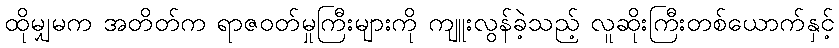
ထိုမျှမက အတိတ်က ရာဇဝတ်မှုကြီးများကို ကျူးလွန်ခဲ့သည့် လူဆိုးကြီးတစ်ယောက်နှင့်